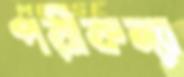
পরীকন্যা